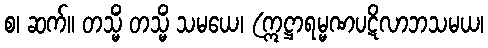
စ၊ ဆက်။ တသ္မိံ တသ္မိံ သမယေ၊ (ဣဋ္ဌာရမ္မဏပဋိလာဘသမယ၊